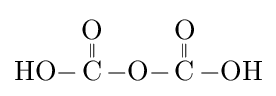
{\ce {HO-{\overset {\displaystyle O \atop \|}{C}}-O-{\overset {\displaystyle O \atop \|}{C}}-OH}}